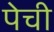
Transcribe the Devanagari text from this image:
पेची